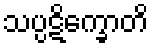
သပ္ပဋိက္ခောတိ